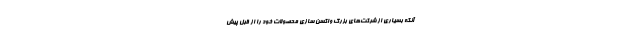
آنکه بسیاری از شرکت‌های بزرگ واکسن سازی محصولات خود را از قبل پیش